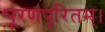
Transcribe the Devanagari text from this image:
पूरणपूरितम्।